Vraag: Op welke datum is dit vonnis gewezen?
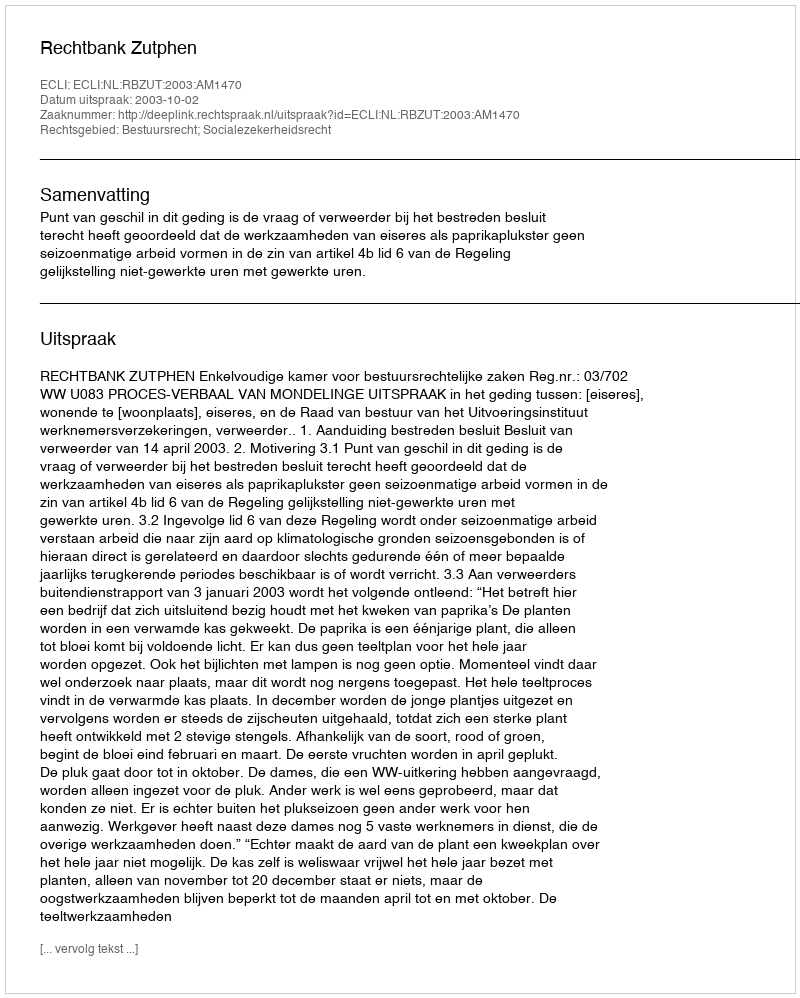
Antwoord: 2003-10-02